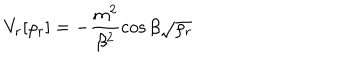
V _ { r } [ \rho _ { r } ] = - \frac { m ^ { 2 } } { \beta ^ { 2 } } \cos \beta \sqrt { \rho _ { r } }